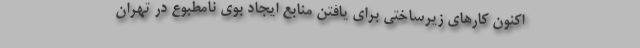
اکنون کارهای زیرساختی برای یافتن منابع ایجاد بوی نامطبوع در تهران